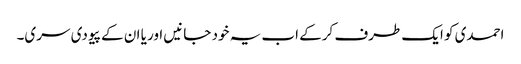
احمدی کو ایک طرف کرکے اب یہ خود جانیں اور یا ان کے پیو دی سری۔